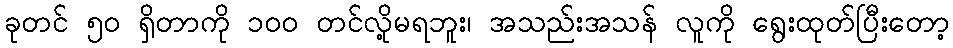
ခုတင် ၅၀ ရှိတာကို ၁၀၀ တင်လို့မရဘူး၊ အသည်းအသန် လူကို ရွေးထုတ်ပြီးတော့